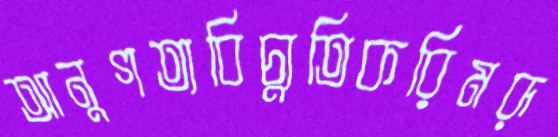
আনুগত্যবিচ্যুতিকরিমরূ